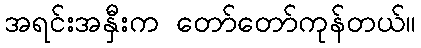
အရင်းအနှီးက တော်တော်ကုန်တယ်။